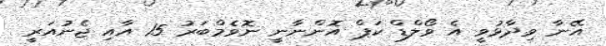
އޭނާ ވިދާޅުވީ އެ ވޯލްޑް ކަޕް އޮންނާނީ ނޮވެމްބަރު 15 އާއި ޖެނުއަރީ